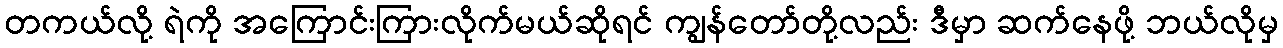
တကယ်လို့ ရဲကို အကြောင်းကြားလိုက်မယ်ဆိုရင် ကျွန်တော်တို့လည်း ဒီမှာ ဆက်နေဖို့ ဘယ်လိုမှ